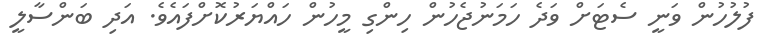
ފުލުހުން ވަނީ ސެޓަށް ވަދެ ހަމަނުޖެހުން ހިންގި މީހުން ހައްޔަރުކޮށްފައެވެ. އަދި ބަންސާލީ